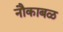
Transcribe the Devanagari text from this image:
नौकाबळ